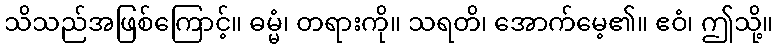
သိသည်အဖြစ်ကြောင့်။ ဓမ္မံ၊ တရားကို။ သရတိ၊ အောက်မေ့၏။ ဧဝံ၊ ဤသို့။